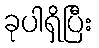
ခုပါရှိပြီး